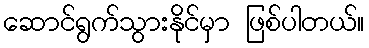
ဆောင်ရွက်သွားနိုင်မှာ ဖြစ်ပါတယ်။